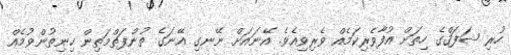
ހުރި ޝަފަޤްގެ ހިތަށް އުފާވެރިކަމެއް ވެރިވިއެވެ. އޭނައަށް ނޭނގި އޭނަގެ ތުންފަތްމަތިން ހިނިތުންވުމެއް